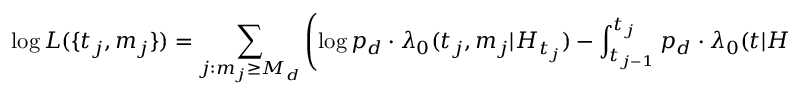
\log L ( \{ t _ { j } , m _ { j } \} ) = \sum _ { j : m _ { j } \geq M _ { d } } \left( \log p _ { d } \cdot \lambda _ { 0 } ( t _ { j } , m _ { j } | H _ { t _ { j } } ) - \int _ { t _ { j - 1 } } ^ { t _ { j } } p _ { d } \cdot \lambda _ { 0 } ( t | H _ { t } ) d t \right) .